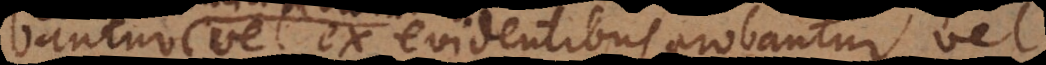
bantur vel ex evidentibus probantur vel